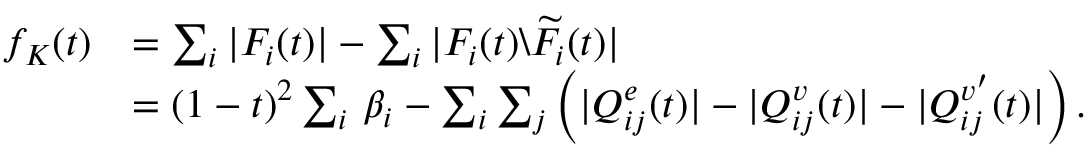
\begin{array} { r l } { f _ { K } ( t ) } & { = \sum _ { i } | F _ { i } ( t ) | - \sum _ { i } | F _ { i } ( t ) \backslash \widetilde { F } _ { i } ( t ) | } \\ & { = \left( 1 - t \right) ^ { 2 } \sum _ { i } \, \beta _ { i } - \sum _ { i } \sum _ { j } \left( | Q _ { i j } ^ { e } ( t ) | - | Q _ { i j } ^ { v } ( t ) | - | Q _ { i j } ^ { v ^ { \prime } } ( t ) | \right) . } \end{array}